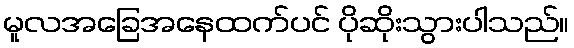
မူလအခြေအနေထက်ပင် ပိုဆိုးသွားပါသည်။